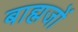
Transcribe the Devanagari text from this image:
बाह्मजों